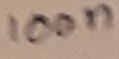
Text: 100n